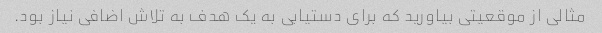
مثالی از موقعیتی بیاورید که برای دستیابی به یک هدف به تلاش اضافی نیاز بود.